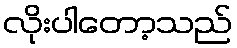
လိုးပါတော့သည်